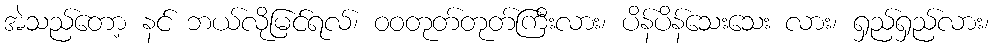
အဲသည်တော့ နင် ဘယ်လိုမြင်ရလ်၊ ဝဝတုတ်တုတ်ကြီးလား၊ ပိန်ပိန်သေးသေး လား၊ ရှည်ရှည်လား၊